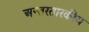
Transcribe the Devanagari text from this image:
अन्तरतारकीय